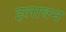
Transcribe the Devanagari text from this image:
इलावन